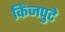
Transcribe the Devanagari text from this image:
किंजपुटे